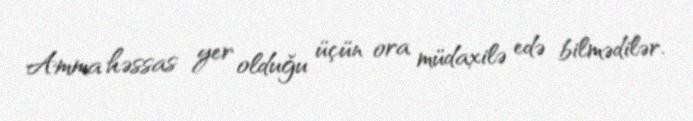
Amma həssas yer olduğu üçün ora müdaxilə edə bilmədilər.